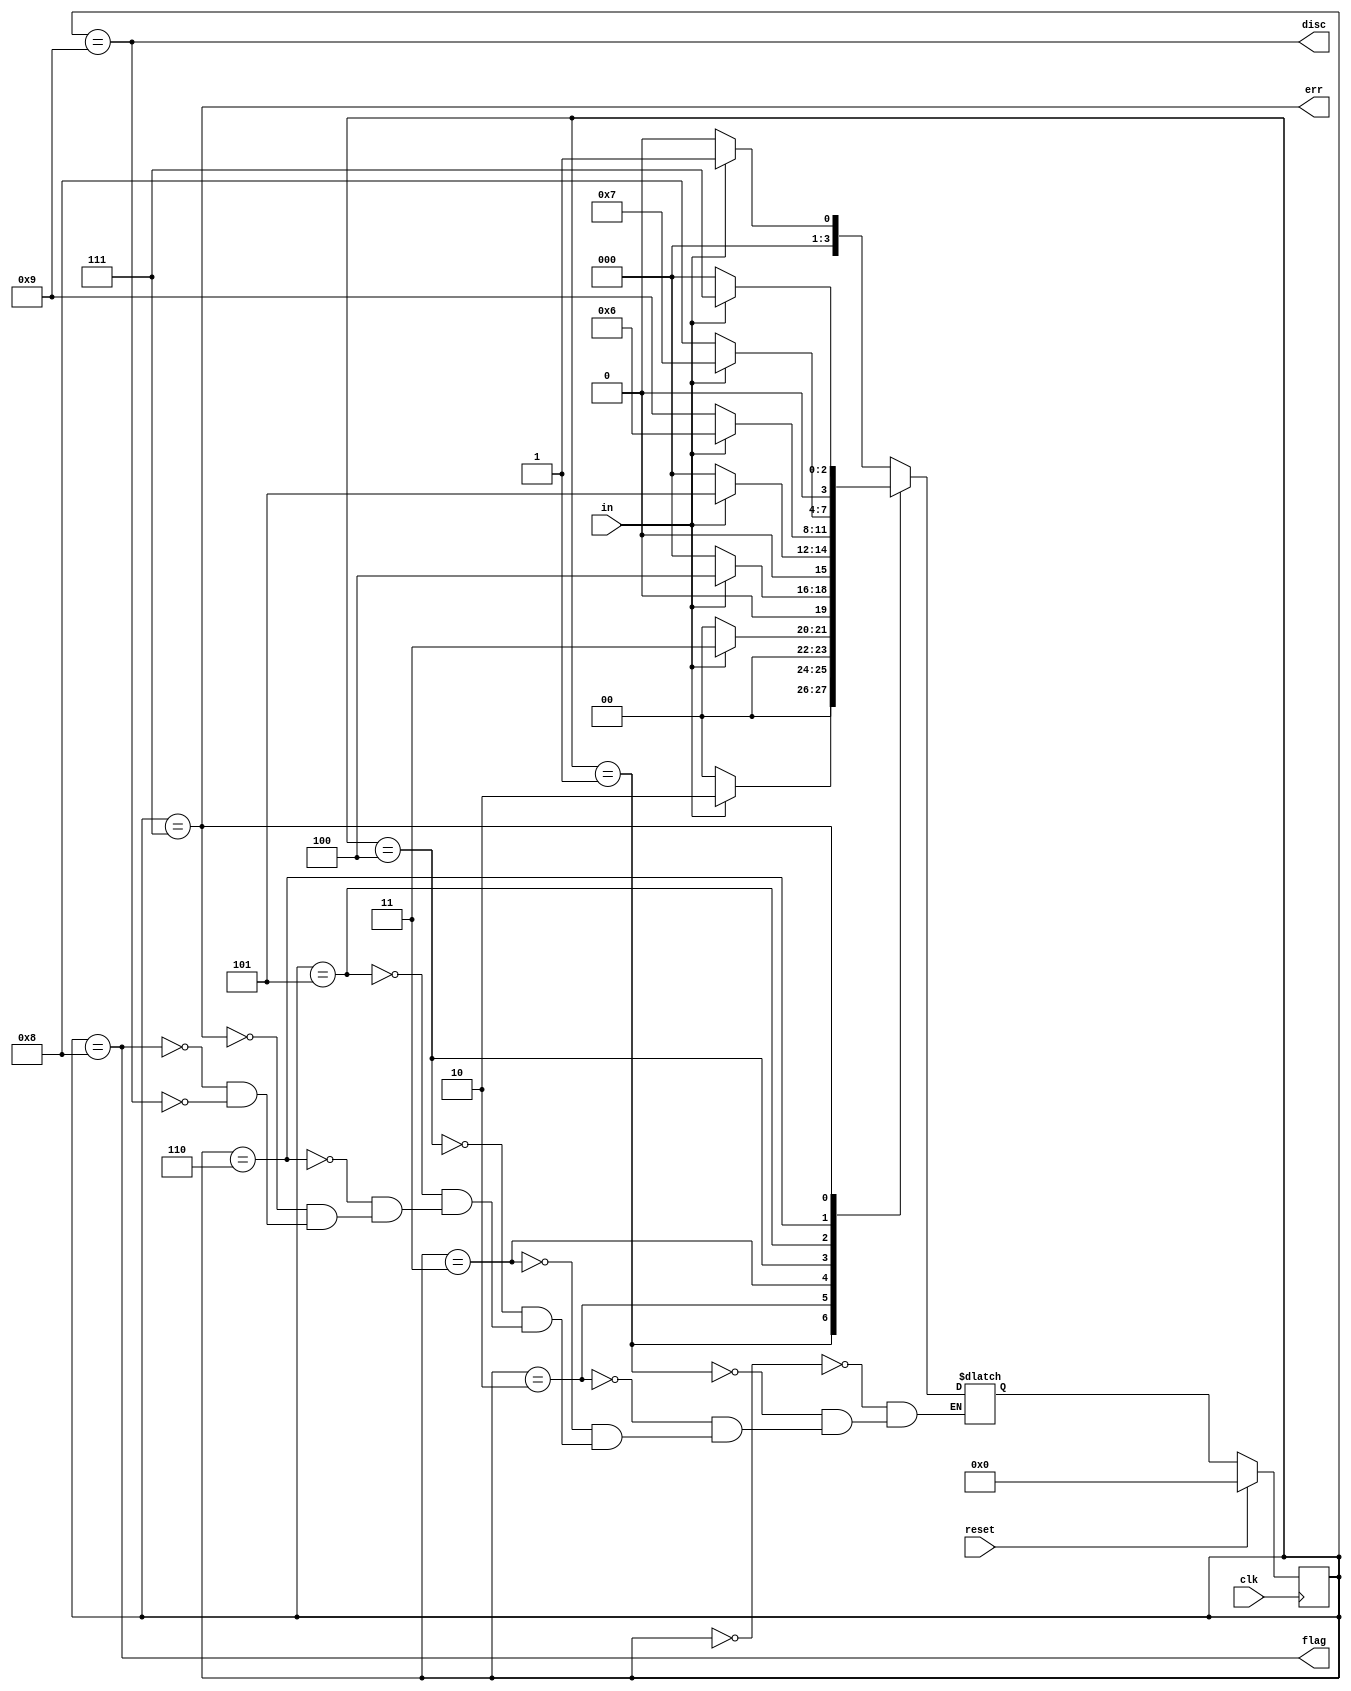
module top_module(
    input clk,
    input reset,    // Synchronous reset
    input in,
    output disc,
    output flag,
    output err);
    
    reg [3 : 0] curr_state;
    reg [3 : 0] next_state;
    
    parameter IDLE    = 4'd0;
    parameter S1      = 4'd1;
    parameter S2      = 4'd2;
    parameter S3      = 4'd3;
    parameter S4      = 4'd4;
    parameter S5      = 4'd5;
    parameter S6      = 4'd6;
    parameter ERROR   = 4'd7;
    parameter FLAG    = 4'd8;
    parameter DISCARD = 4'd9;
    
    always@(posedge clk)
    begin
        if(reset)
            curr_state <= IDLE;
        else
            curr_state <= next_state;
    end
    
    always@(*)
    begin
        case(curr_state)
            IDLE   : next_state = in ? S1 : IDLE;
            S1     : next_state = in ? S2 : IDLE;
            S2     : next_state = in ? S3 : IDLE;
            S3     : next_state = in ? S4 : IDLE;
            S4     : next_state = in ? S5 : IDLE;
            S5     : next_state = in ? S6 : DISCARD;
            S6     : next_state = in ? ERROR : FLAG;
            ERROR  : next_state = in ? ERROR : IDLE;
            FLAG   : next_state = in ? S1 : IDLE;
            DISCARD: next_state = in ? S1 : IDLE;
        endcase
    end
    
    assign disc = (curr_state == DISCARD);
    assign flag = (curr_state == FLAG   );
    assign err  = (curr_state == ERROR  );

endmodule